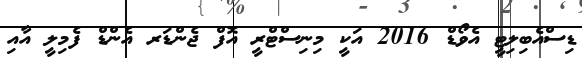
ޑިސްއެބިލިޓީ އެވޯޑް 2016 އަކީ މިނިސްޓްރީ އޮފް ޖެންޑަރ އެންޑް ފެމިލީ އާއި